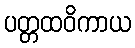
ပတ္တထဝိကာယ